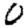
Digit: 0